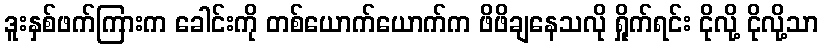
ဒူးနှစ်ဖက်ကြားက ခေါင်းကို တစ်ယောက်ယောက်က ဖိဖိချနေသလို ရှိုက်ရင်း ငိုလို့ ငိုလို့သာ